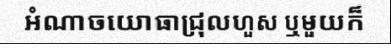
អំណាចយោធាជ្រុលហួស ឬមួយក៏